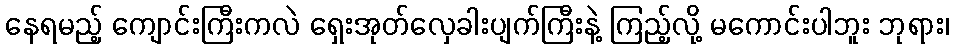
နေရမည့် ကျောင်းကြီးကလဲ ရှေးအုတ်လှေခါးပျက်ကြီးနဲ့ ကြည့်လို့ မကောင်းပါဘူး ဘုရား၊